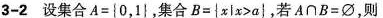
3-2设集合$$ A = { 0 ， 1 }$$，集合$$B = { x l x > a }$$，若A∩B=∅，则